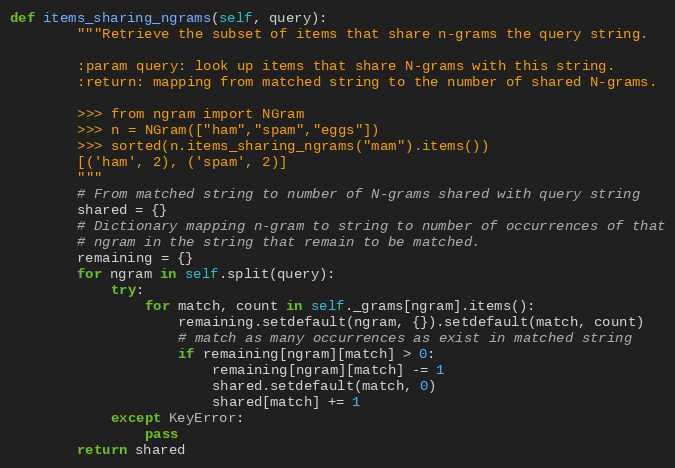
Language: Python
def items_sharing_ngrams(self, query):
        """Retrieve the subset of items that share n-grams the query string.

        :param query: look up items that share N-grams with this string.
        :return: mapping from matched string to the number of shared N-grams.

        >>> from ngram import NGram
        >>> n = NGram(["ham","spam","eggs"])
        >>> sorted(n.items_sharing_ngrams("mam").items())
        [('ham', 2), ('spam', 2)]
        """
        # From matched string to number of N-grams shared with query string
        shared = {}
        # Dictionary mapping n-gram to string to number of occurrences of that
        # ngram in the string that remain to be matched.
        remaining = {}
        for ngram in self.split(query):
            try:
                for match, count in self._grams[ngram].items():
                    remaining.setdefault(ngram, {}).setdefault(match, count)
                    # match as many occurrences as exist in matched string
                    if remaining[ngram][match] > 0:
                        remaining[ngram][match] -= 1
                        shared.setdefault(match, 0)
                        shared[match] += 1
            except KeyError:
                pass
        return shared